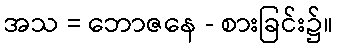
အသ = ဘောဇနေ - စားခြင်း၌။